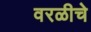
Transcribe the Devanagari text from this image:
वरळीचे